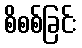
စိစစ်ခြင်း